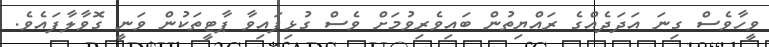
ވީހާވެސް ގިނަ އަދަދެއްގެ ރައްޔިތުން ބައިވެރިވުމަށް ވެސް ގުޅިފައިވާ ޕާޓީތަކުން ވަނީ ގޮވާލާފައެވެ.